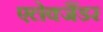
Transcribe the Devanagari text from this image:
एलेक्जैंडर